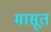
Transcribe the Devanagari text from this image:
मासूत